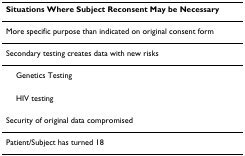
| Situations Where Subject Reconsent May be Necessary |
 | --- |
 | More specific purpose than indicated on original consent form |
 | Secondary testing creates data with new risks |
 | Genetics Testing |
 | HIV testing |
 | Security of original data compromised |
 | Patient/Subject has turned 18 |